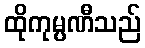
ထိုကုမ္ပဏီသည်